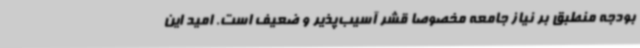
بودجه منطبق بر نیاز جامعه مخصوصا قشر آسیب‌پذیر و ضعیف است. امید این